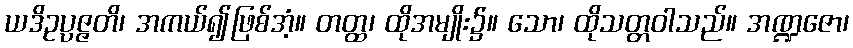
ယဒိဥပ္ပဇ္ဇတိ၊ အကယ်၍ဖြစ်အံ့။ တတ္ထ၊ ထိုအမျိုး၌။ သော၊ ထိုသတ္တဝါသည်။ အဏ္ဍဇော၊